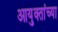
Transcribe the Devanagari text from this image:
आयुक्तांच्या